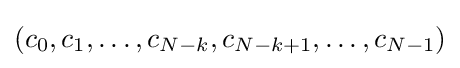
({c}_{0},{c}_{1},\ldots ,{c}_{N-k},{c}_{N-k+1},\ldots ,{c}_{N-1})